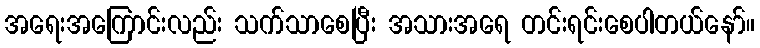
အရေးအကြောင်းလည်း သက်သာစေပြီး အသားအရေ တင်းရင်းစေပါတယ်နော်။